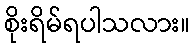
စိုးရိမ်ရပါသလား။